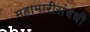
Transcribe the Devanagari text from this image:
महामारीसंबंधी